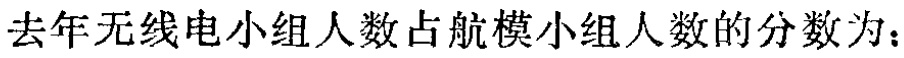
去年无线电小组人数占航模小组人数的分数为：